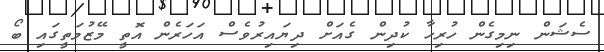
ސެޝަން ނިމިގެން ހުރިހާ ކުދިން ގެއަށް ދިޔައިރުވެސް އަހަރެން އޮތީ މޭޒުމަތީގައިި ބޯ